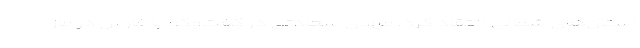
استان‌های شمالی انتقاد کرد. مهدی سعادتی در گفت‌وگو با فارس در ماز